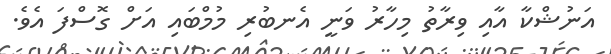
އަނުޝްކާ އާއި ވިރާތު މިހާރު ވަނީ އެނބުރި މުމްބައި އަށް ގޮސްފަ އެވެ.